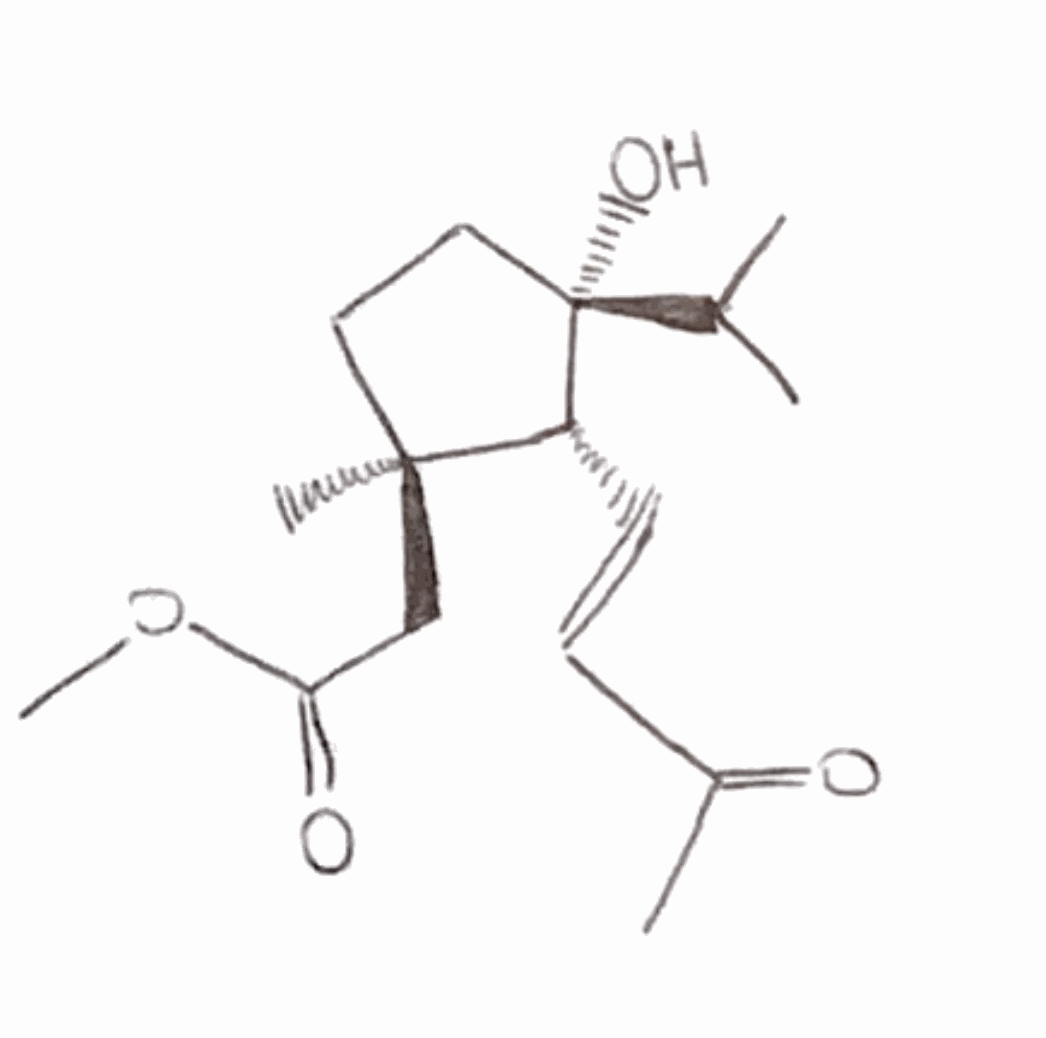
Simplified molecular-input line-entry system (SMILES) notation of the given molecule:
CC(C)[C@@]1(CC[C@]([C@H]1/C=C/C(=O)C)(C)CC(=O)OC)O